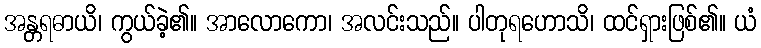
အန္တရဓာယိ၊ ကွယ်ခဲ့၏။ အာလောကော၊ အလင်းသည်။ ပါတုရဟောသိ၊ ထင်ရှားဖြစ်၏။ ယံ